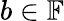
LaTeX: b\in\mathbb{F}